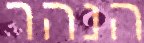
הנהר